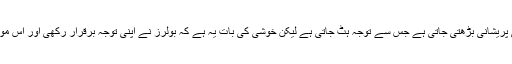
جیسے جیسے اوورز کم ہوتے جاتے ہیں فیلڈنگ سائیڈ کی پریشانی بڑھتی جاتی ہے جس سے توجہ ہٹ جاتی ہے لیکن خوشی کی بات یہ ہے کہ بولرز نے اپنی توجہ برقرار رکھی اور اس موقع پر اسد شفیق نے جو کیچ لیا وہ ہمارے لیے بہت اہم تھا۔